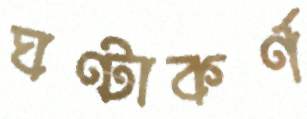
ঘণ্টাকর্ণ